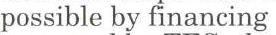
possible by financing